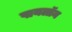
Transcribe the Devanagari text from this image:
पायलॉन